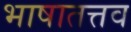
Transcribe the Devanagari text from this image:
भाषातत्तव